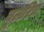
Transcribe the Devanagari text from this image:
वूलरिच